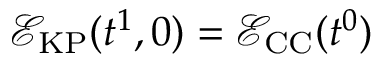
\mathcal { E } _ { \mathrm { K P } } ( t ^ { 1 } , 0 ) = \mathcal { E } _ { \mathrm { C C } } ( t ^ { 0 } )